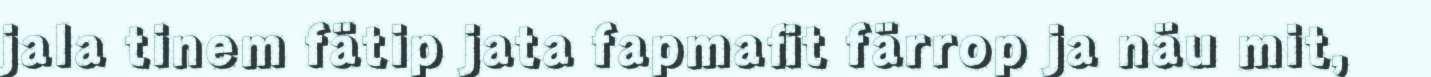
jala tinem fätip jata fapmafit färrop ja näu mit,